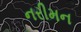
નરીમન